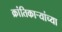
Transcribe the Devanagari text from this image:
क्रांतिकार्‍यांच्या